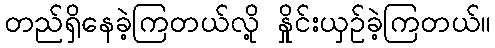
တည်ရှိနေခဲ့ကြတယ်လို့ နှိုင်းယှဥ်ခဲ့ကြတယ်။